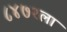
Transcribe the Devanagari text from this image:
८४७२ला